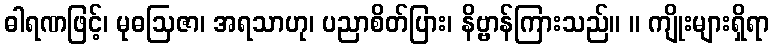
ဓါရဏဖြင့်၊ မုဓဩဇာ၊ အရသာဟု၊ ပညာစိတ်ပြား၊ နိဗ္ဗာန်ကြားသည်။ ။ ကျိုးများရှိရာ